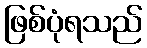
ဖြစ်ပုံရသည်